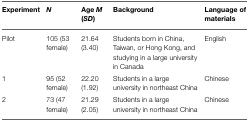
<table><thead><tr><td><b>Experiment</b></td><td><b><i>N</i></b></td><td><b>Age <i>M</i> (<i>SD</i>)</b></td><td><b>Background</b></td><td><b>Language of materials</b></td></tr></thead><tbody><tr><td>Pilot</td><td>105 (53 female)</td><td>21.64 (3.40)</td><td>Students born in China, Taiwan, or Hong Kong, and studying in a large university in Canada</td><td>English</td></tr><tr><td>1</td><td>95 (52 female)</td><td>22.20 (1.92)</td><td>Students in a large university in northeast China</td><td>Chinese</td></tr><tr><td>2</td><td>73 (47 female)</td><td>21.29 (2.05)</td><td>Students in a large university in northeast China</td><td>Chinese</td></tr></tbody></table>